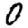
Digit: 0